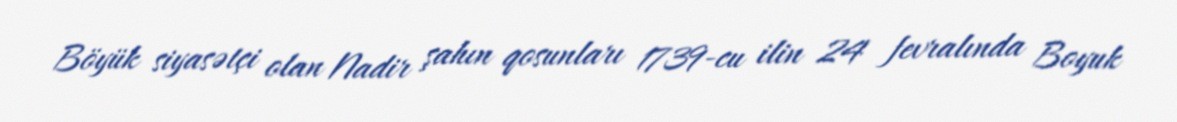
Böyük siyasətçi olan Nadir şahın qosunları 1739-cu ilin 24 fevralında Boyuk